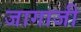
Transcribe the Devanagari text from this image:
जागाजी